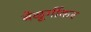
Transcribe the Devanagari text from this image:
बेळूर्गीकर